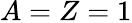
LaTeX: A=Z=1